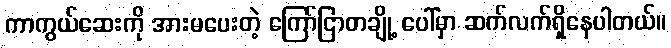
ကာကွယ်ဆေးကို အားမပေးတဲ့ ကြော်ငြာတချို့ ပေါ်မှာ ဆက်လက်ရှိနေပါတယ်။